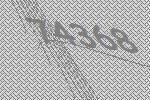
74368